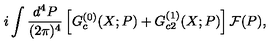
i \int \frac { d ^ { 4 } P } { ( 2 \pi ) ^ { 4 } } \left[ G _ { c } ^ { ( 0 ) } ( X ; P ) + G _ { c 2 } ^ { ( 1 ) } ( X ; P ) \right] { \cal F } ( P ) ,